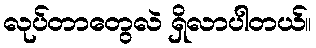
လုပ်တာတွေလဲ ရှိလာပါတယ်။